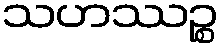
သဟဿဉ္စ